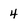
Character: 4